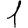
Digit: 1